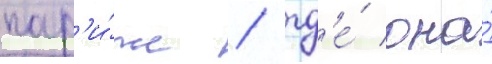
пар'и́же / гд'е́ она́